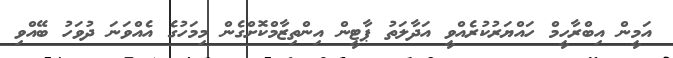
އަމީން އިބްރާހީމް ހައްޔަރުކުރެއްވީ އަދާލަތު ޕާޓީން އިންތިޒާމްކޮށްގެން މިމަހުގެ އެއްވަނަ ދުވަހު ބޭއްވި